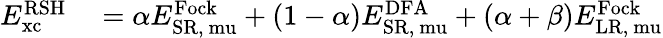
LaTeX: \begin{array}{rl}{E_{\mathrm{{xc}}}^{\mathrm{{RSH}}}}&{{}=\alpha E_{\mathrm{{SR,}\ mu}}^{\mathrm{{Fock}}}+(1-\alpha)E_{\mathrm{{SR,}\ mu}}^{\mathrm{{DFA}}}+(\alpha+\beta)E_{\mathrm{{LR,}\ mu}}^{\mathrm{{Fock}}}}\end{array}